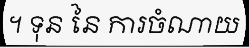
។ ទុន នៃ ការចំណាយ